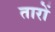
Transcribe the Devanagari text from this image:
तारों